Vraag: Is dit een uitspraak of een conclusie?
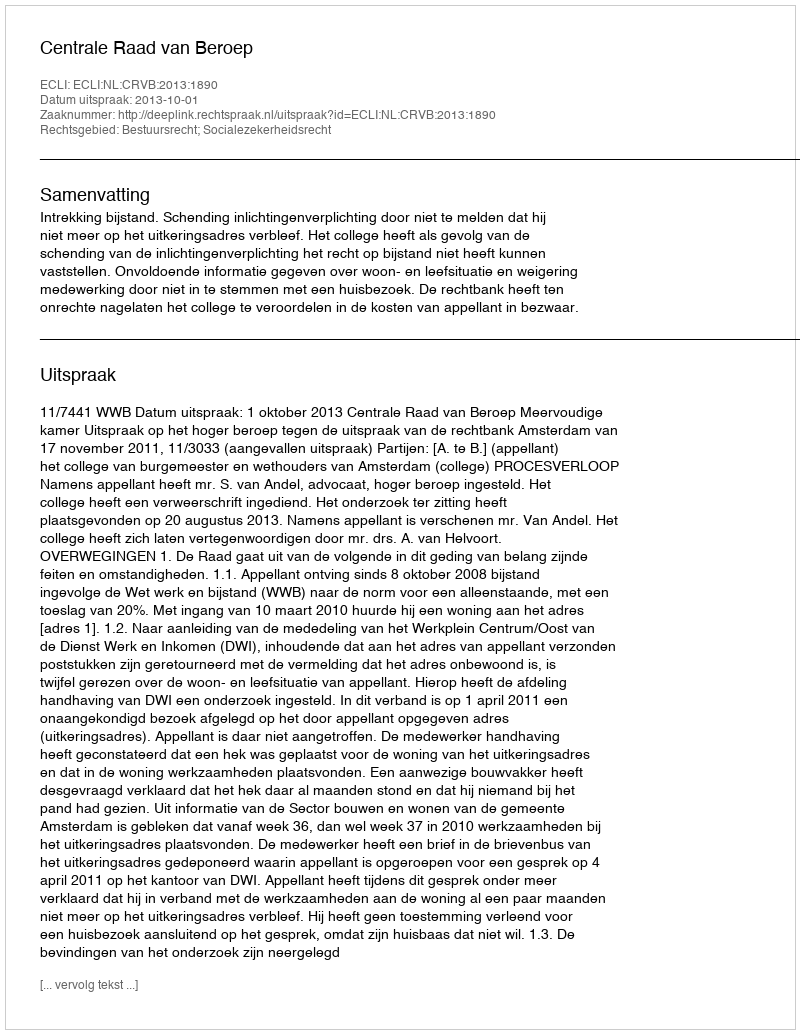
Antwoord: Uitspraak